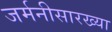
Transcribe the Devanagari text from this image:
जर्मनीसारख्या